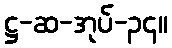
ဋ္ဌ-ဆ-အုပ်-၃၄။